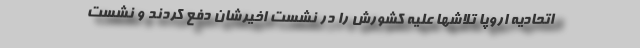
اتحادیه اروپا تلاشها علیه کشورش را در نشست اخیرشان دفع کردند و نشست